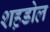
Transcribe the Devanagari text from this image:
शह़डोल